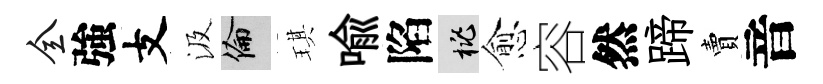
全強支汲倫琪喩陷桃愈容然蹄賣音